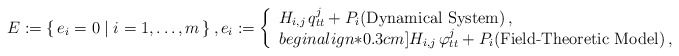
\begin{align*}E:=\{\,e_i=0\mid i=1,\ldots,m\,\}\,,e_i:=\left\lbrace\begin{array}{l}H_{i,j} \, q^j_{tt}+P_i\mbox{(Dynamical System)}\,, \\begin{align*}0.3cm]H_{i,j} \, \varphi^j_{tt}+P_i\mbox{(Field-Theoretic Model)}\,,\end{array}\right. \end{align*}